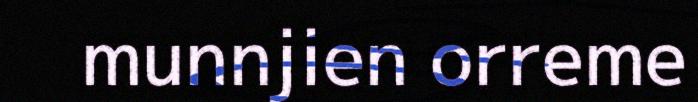
munnjien orreme